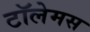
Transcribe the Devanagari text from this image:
टॉलेमस